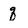
Character: q